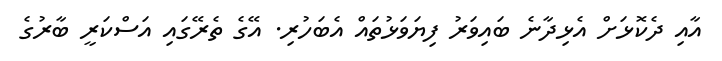
އާއި ދެކޮޅަށް އެޅިދާނެ ބައިވަރު ފިޔަވަޅުތައް އެބަހުރި. އޭގެ ތެރޭގައި އަސްކަރީ ބާރުގެ